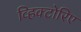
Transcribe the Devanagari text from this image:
व्हिक्टोरिए